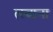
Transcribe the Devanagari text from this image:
त्स्वाना